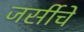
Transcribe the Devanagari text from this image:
जर्सीचे